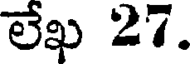
లేఖ 27.